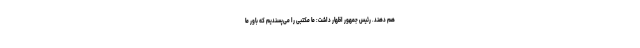
هم دهند. رئیس جمهور اظهار داشت: ما مکتبی را می‌پسندیم که باور ما